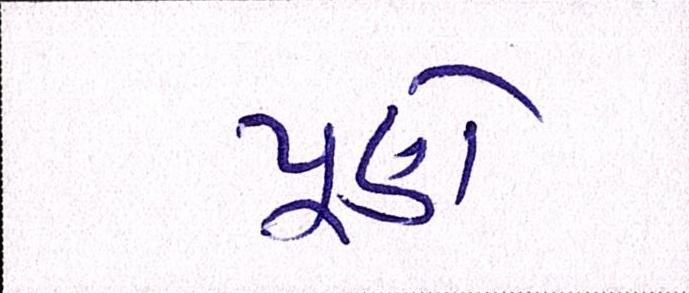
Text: પૂણે